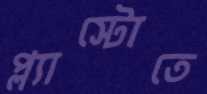
প্ল্যাস্টোতে